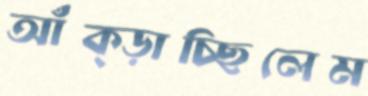
আঁক্‌ড়াচ্ছিলেম